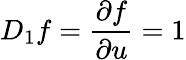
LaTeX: D_{1}f={\frac{\partial f}{\partial u}}=1